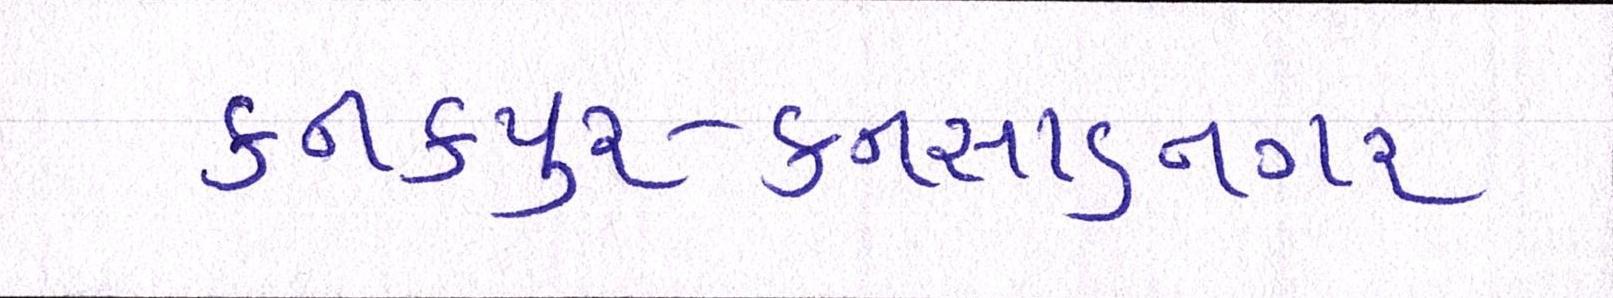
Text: કનકપુર-કનસાડનગર